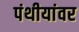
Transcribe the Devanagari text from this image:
पंथीयांवर